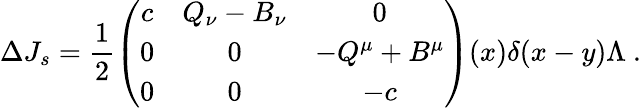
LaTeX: \Delta J_{s}=\frac{1}{2}\left(\begin{array}{ccc}{{c}}&{{Q_{\nu}-B_{\nu}}}&{{0}}\\ {{0}}&{{0}}&{{-Q^{\mu}+B^{\mu}}}\\ {{0}}&{{0}}&{{-c}}\end{array}\right)(x)\delta(x-y)\Lambda\ .